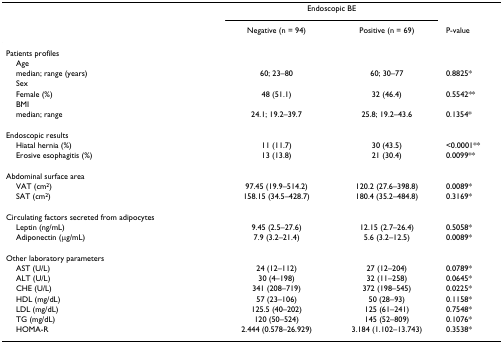
<table><thead><tr><td></td><td colspan="2"><b>Endoscopic BE</b></td><td></td></tr><tr><td></td><td><b>Negative (n = 94)</b></td><td><b>Positive (n = 69)</b></td><td><b>P-value</b></td></tr></thead><tbody><tr><td>Patients profiles</td><td></td><td></td><td></td></tr><tr><td> Age</td><td></td><td></td><td></td></tr><tr><td> median; range (years)</td><td>60; 23–80</td><td>60; 30–77</td><td>0.8825*</td></tr><tr><td> Sex</td><td></td><td></td><td></td></tr><tr><td> Female (%)</td><td>48 (51.1)</td><td>32 (46.4)</td><td>0.5542**</td></tr><tr><td> BMI</td><td></td><td></td><td></td></tr><tr><td> median; range</td><td>24.1; 19.2–39.7</td><td>25.8; 19.2–43.6</td><td>0.1354*</td></tr><tr><td>Endoscopic results</td><td></td><td></td><td></td></tr><tr><td> Hiatal hernia (%)</td><td>11 (11.7)</td><td>30 (43.5)</td><td>&lt;0.0001**</td></tr><tr><td> Erosive esophagitis (%)</td><td>13 (13.8)</td><td>21 (30.4)</td><td>0.0099**</td></tr><tr><td>Abdominal surface area</td><td></td><td></td><td></td></tr><tr><td> VAT (cm<sup>2</sup>)</td><td>97.45 (19.9–514.2)</td><td>120.2 (27.6–398.8)</td><td>0.0089*</td></tr><tr><td> SAT (cm<sup>2</sup>)</td><td>158.15 (34.5–428.7)</td><td>180.4 (35.2–484.8)</td><td>0.3169*</td></tr><tr><td>Circulating factors secreted from adipocytes</td><td></td><td></td><td></td></tr><tr><td> Leptin (ng/mL)</td><td>9.45 (2.5–27.6)</td><td>12.15 (2.7–26.4)</td><td>0.5058*</td></tr><tr><td> Adiponectin (μg/mL)</td><td>7.9 (3.2–21.4)</td><td>5.6 (3.2–12.5)</td><td>0.0089*</td></tr><tr><td>Other laboratory parameters</td><td></td><td></td><td></td></tr><tr><td> AST (U/L)</td><td>24 (12–112)</td><td>27 (12–204)</td><td>0.0789*</td></tr><tr><td> ALT (U/L)</td><td>30 (4–198)</td><td>32 (11–258)</td><td>0.0645*</td></tr><tr><td> CHE (U/L)</td><td>341 (208–719)</td><td>372 (198–545)</td><td>0.0225*</td></tr><tr><td> HDL (mg/dL)</td><td>57 (23–106)</td><td>50 (28–93)</td><td>0.1158*</td></tr><tr><td> LDL (mg/dL)</td><td>125.5 (40–202)</td><td>125 (61–241)</td><td>0.7548*</td></tr><tr><td> TG (mg/dL)</td><td>120 (50–524)</td><td>145 (52–809)</td><td>0.1076*</td></tr><tr><td> HOMA-R</td><td>2.444 (0.578–26.929)</td><td>3.184 (1.102–13.743)</td><td>0.3538*</td></tr></tbody></table>